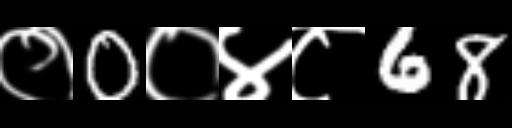
Text: ०0०४८68